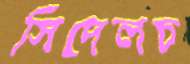
সিঁদেলচ